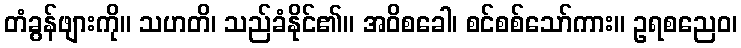
တံခွန်ဖျားကို။ သဟတိ၊ သည်ခံနိုင်၏။ အဝိစခေါ၊ စင်စစ်သော်ကား။ ဥရစညေဝ၊